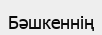
Бәшкеннің